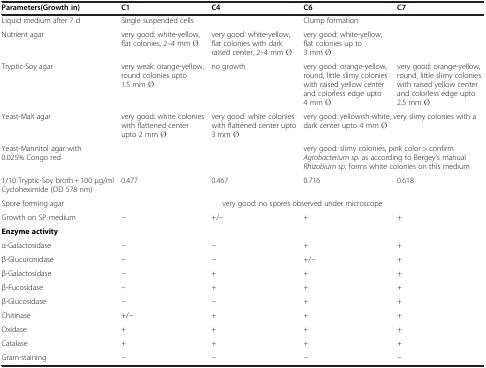
<table><thead><tr><td><b>Parameters(Growth in)</b></td><td><b>C1</b></td><td><b>C4</b></td><td><b>C6</b></td><td><b>C7</b></td></tr></thead><tbody><tr><td>Liquid medium after 7 d</td><td colspan="2">Single suspended cells</td><td colspan="2">Clump formation</td></tr><tr><td>Nutrient agar</td><td>very good: white-yellow, flat colonies, 2–4 mm Ø</td><td>very good: white-yellow, flat colonies with dark raised center, 2–4 mm Ø</td><td colspan="2">very good: white-yellow, flat colonies up to 3 mm Ø</td></tr><tr><td>Tryptic-Soy agar</td><td>very weak: orange-yellow, round colonies upto 1.5 mm Ø</td><td>no growth</td><td>very good: orange-yellow, round, little slimy colonies with raised yellow center and colorless edge upto 4 mm Ø</td><td>very good: orange-yellow, round, little slimy colonies with raised yellow center and colorless edge upto 2.5 mm Ø</td></tr><tr><td>Yeast-Malt agar</td><td>very good: white colonies with flattened center upto 2 mm Ø</td><td>very good: white colonies with flattened center upto 3 mm Ø</td><td colspan="2">very good: yellowish-white, very slimy colonies with a dark center upto 4 mm Ø</td></tr><tr><td>Yeast-Mannitol agar with 0.025% Congo red</td><td> </td><td> </td><td colspan="2">very good: slimy colonies, pink color &gt; confirm <i>Agrobacterium sp</i>. as according to Bergey’s manual <i>Rhizobium sp.</i> forms white colonies on this medium</td></tr><tr><td>1/10 Tryptic-Soy broth + 100 μg/ml Cycloheximide (OD 578 nm)</td><td>0.477</td><td>0.467</td><td>0.716</td><td>0.618</td></tr><tr><td>Spore forming agar</td><td colspan="4">very good: no spores observed under microscope</td></tr><tr><td>Growth on SP medium</td><td>−</td><td>+/−</td><td>+</td><td>+</td></tr><tr><td colspan="5"><b>Enzyme activity</b></td></tr><tr><td>α-Galactosidase</td><td>−</td><td>−</td><td>+</td><td>+</td></tr><tr><td>β-Glucuronidase</td><td>−</td><td>−</td><td>+/−</td><td>+</td></tr><tr><td>β-Galactosidase</td><td>−</td><td>+</td><td>+</td><td>+</td></tr><tr><td>β-Fucosidase</td><td>−</td><td>+</td><td>+</td><td>+</td></tr><tr><td>β-Glucosidase</td><td>−</td><td>−</td><td>+</td><td>+</td></tr><tr><td>Chitinase</td><td>+/−</td><td>+</td><td>+</td><td>+</td></tr><tr><td>Oxidase</td><td>+</td><td>+</td><td>+</td><td>+</td></tr><tr><td>Catalase</td><td>+</td><td>+</td><td>+</td><td>+</td></tr><tr><td>Gram-staining</td><td>−</td><td>−</td><td>−</td><td>−</td></tr></tbody></table>